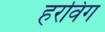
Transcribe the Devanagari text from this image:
हरविग